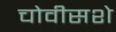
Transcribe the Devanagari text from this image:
चोवीसशे